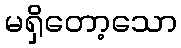
မရှိတော့သော